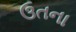
ઉતના